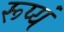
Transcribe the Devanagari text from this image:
रूप्यं